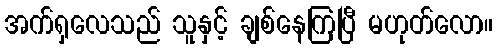
အက်ရှလေသည် သူနှင့် ချစ်နေကြပြီ မဟုတ်လော။